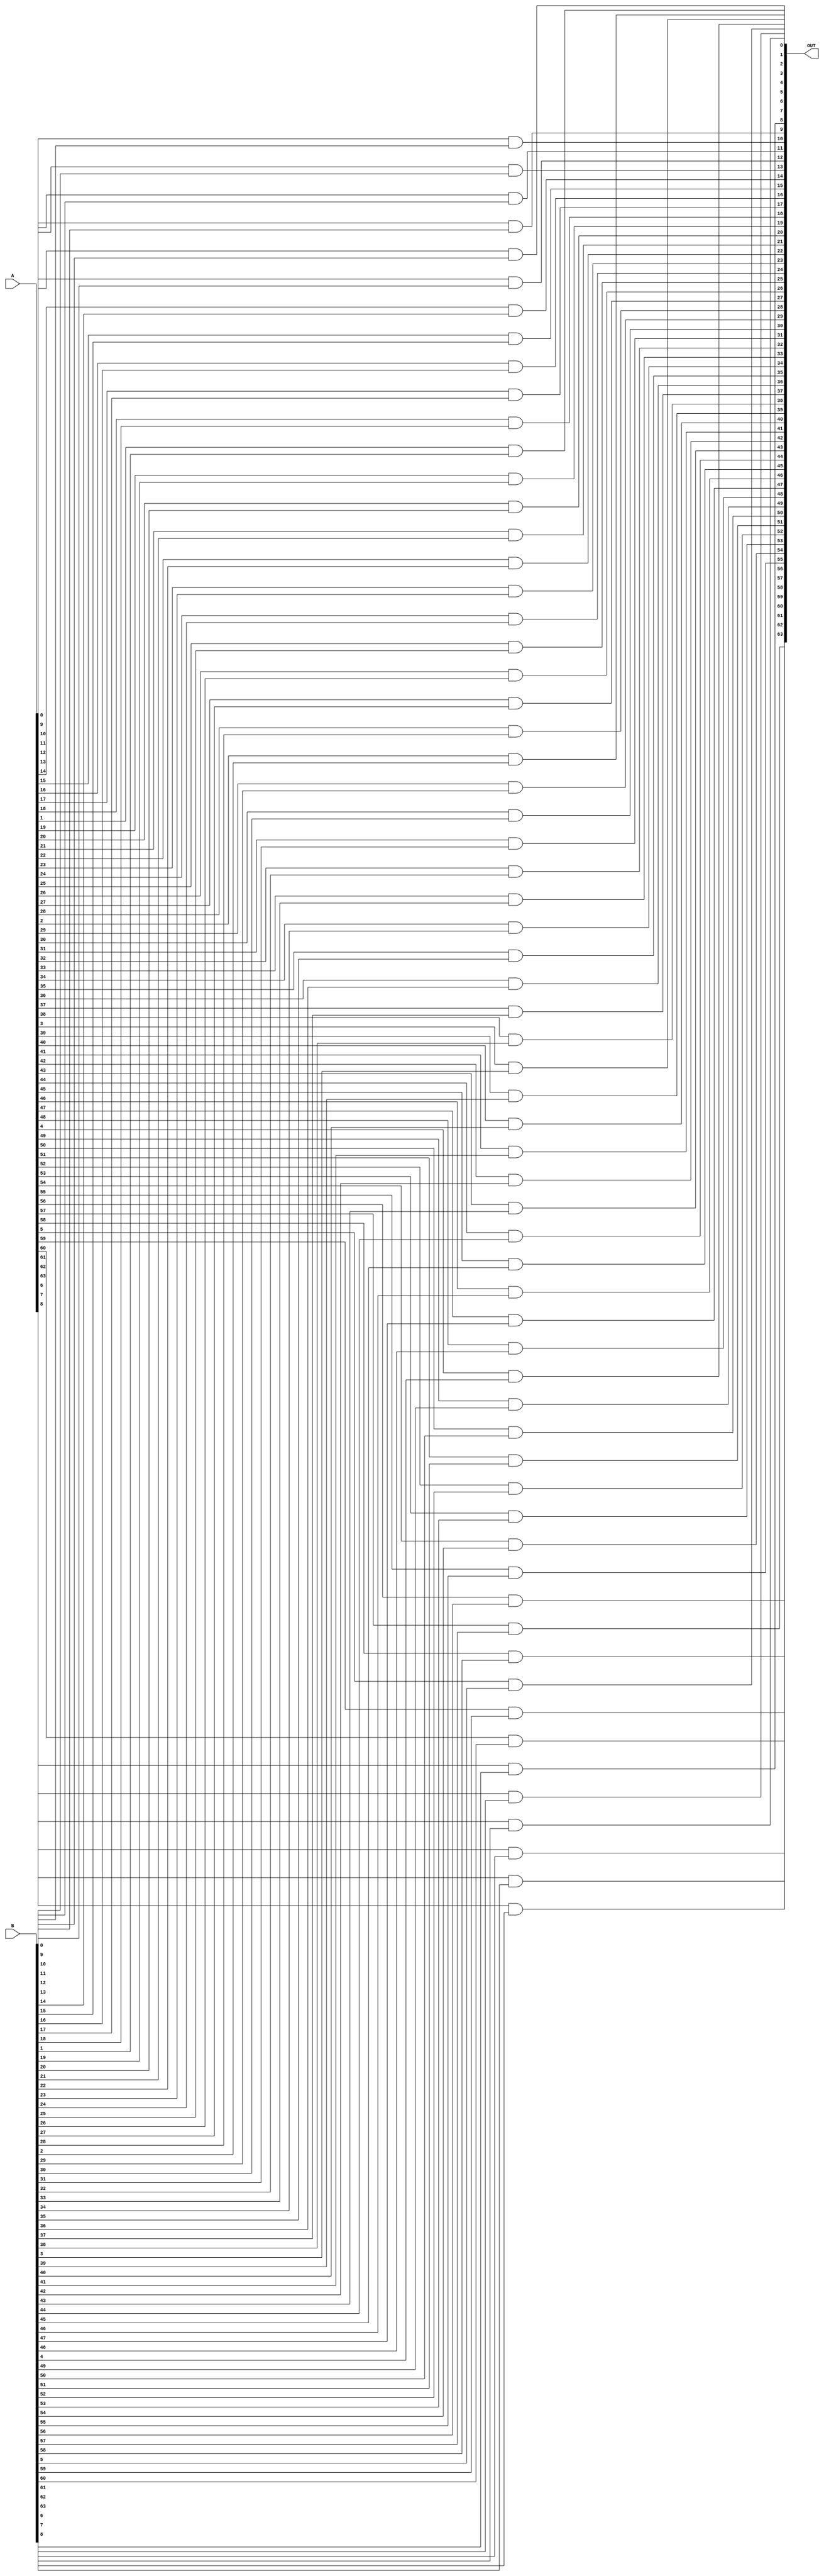
module And(A,B,OUT);

    input signed [63:0]A,B;
    output signed [63:0] OUT;
 

    genvar i;

    generate for(i=0;i<64;i=i+1)
        begin
              //SUM = a^b^Cin
            and G1(OUT[i],A[i],B[i]);            
              // CARRY = ab + bc + ac
        end
    endgenerate
    
    
endmodule